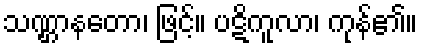
သဏ္ဌာနတော၊ ဖြင့်။ ပဋိကူလာ၊ ကုန်၏။